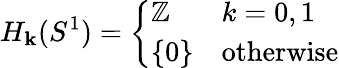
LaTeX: H_{\mathbf{k}}(S^{1})={\left\{ \begin{array}{ll}{\mathbb{Z}}&{k=0,1}\\ {\{ 0\} }&{{\mathrm{otherwise}}}\end{array}\right.}